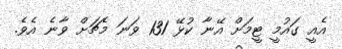
އެއީ ގައުމީ ޓީމަށް އޭނާ ކުޅޭ 131 ވަނަ މެޗަށް ވާނެ އެވެ.